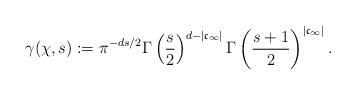
LaTeX: \begin{align*}\gamma(\chi,s):=\pi^{-ds/2}\Gamma\left(\frac{s}{2}\right)^{d-|\frak{c}_{\infty}|}\Gamma\left(\frac{s+1}{2}\right)^{|\frak{c}_{\infty}|}.\end{align*}